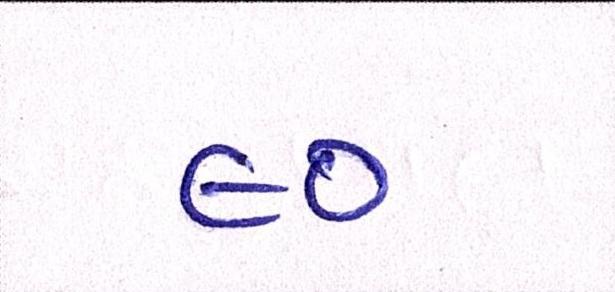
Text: ૯૦